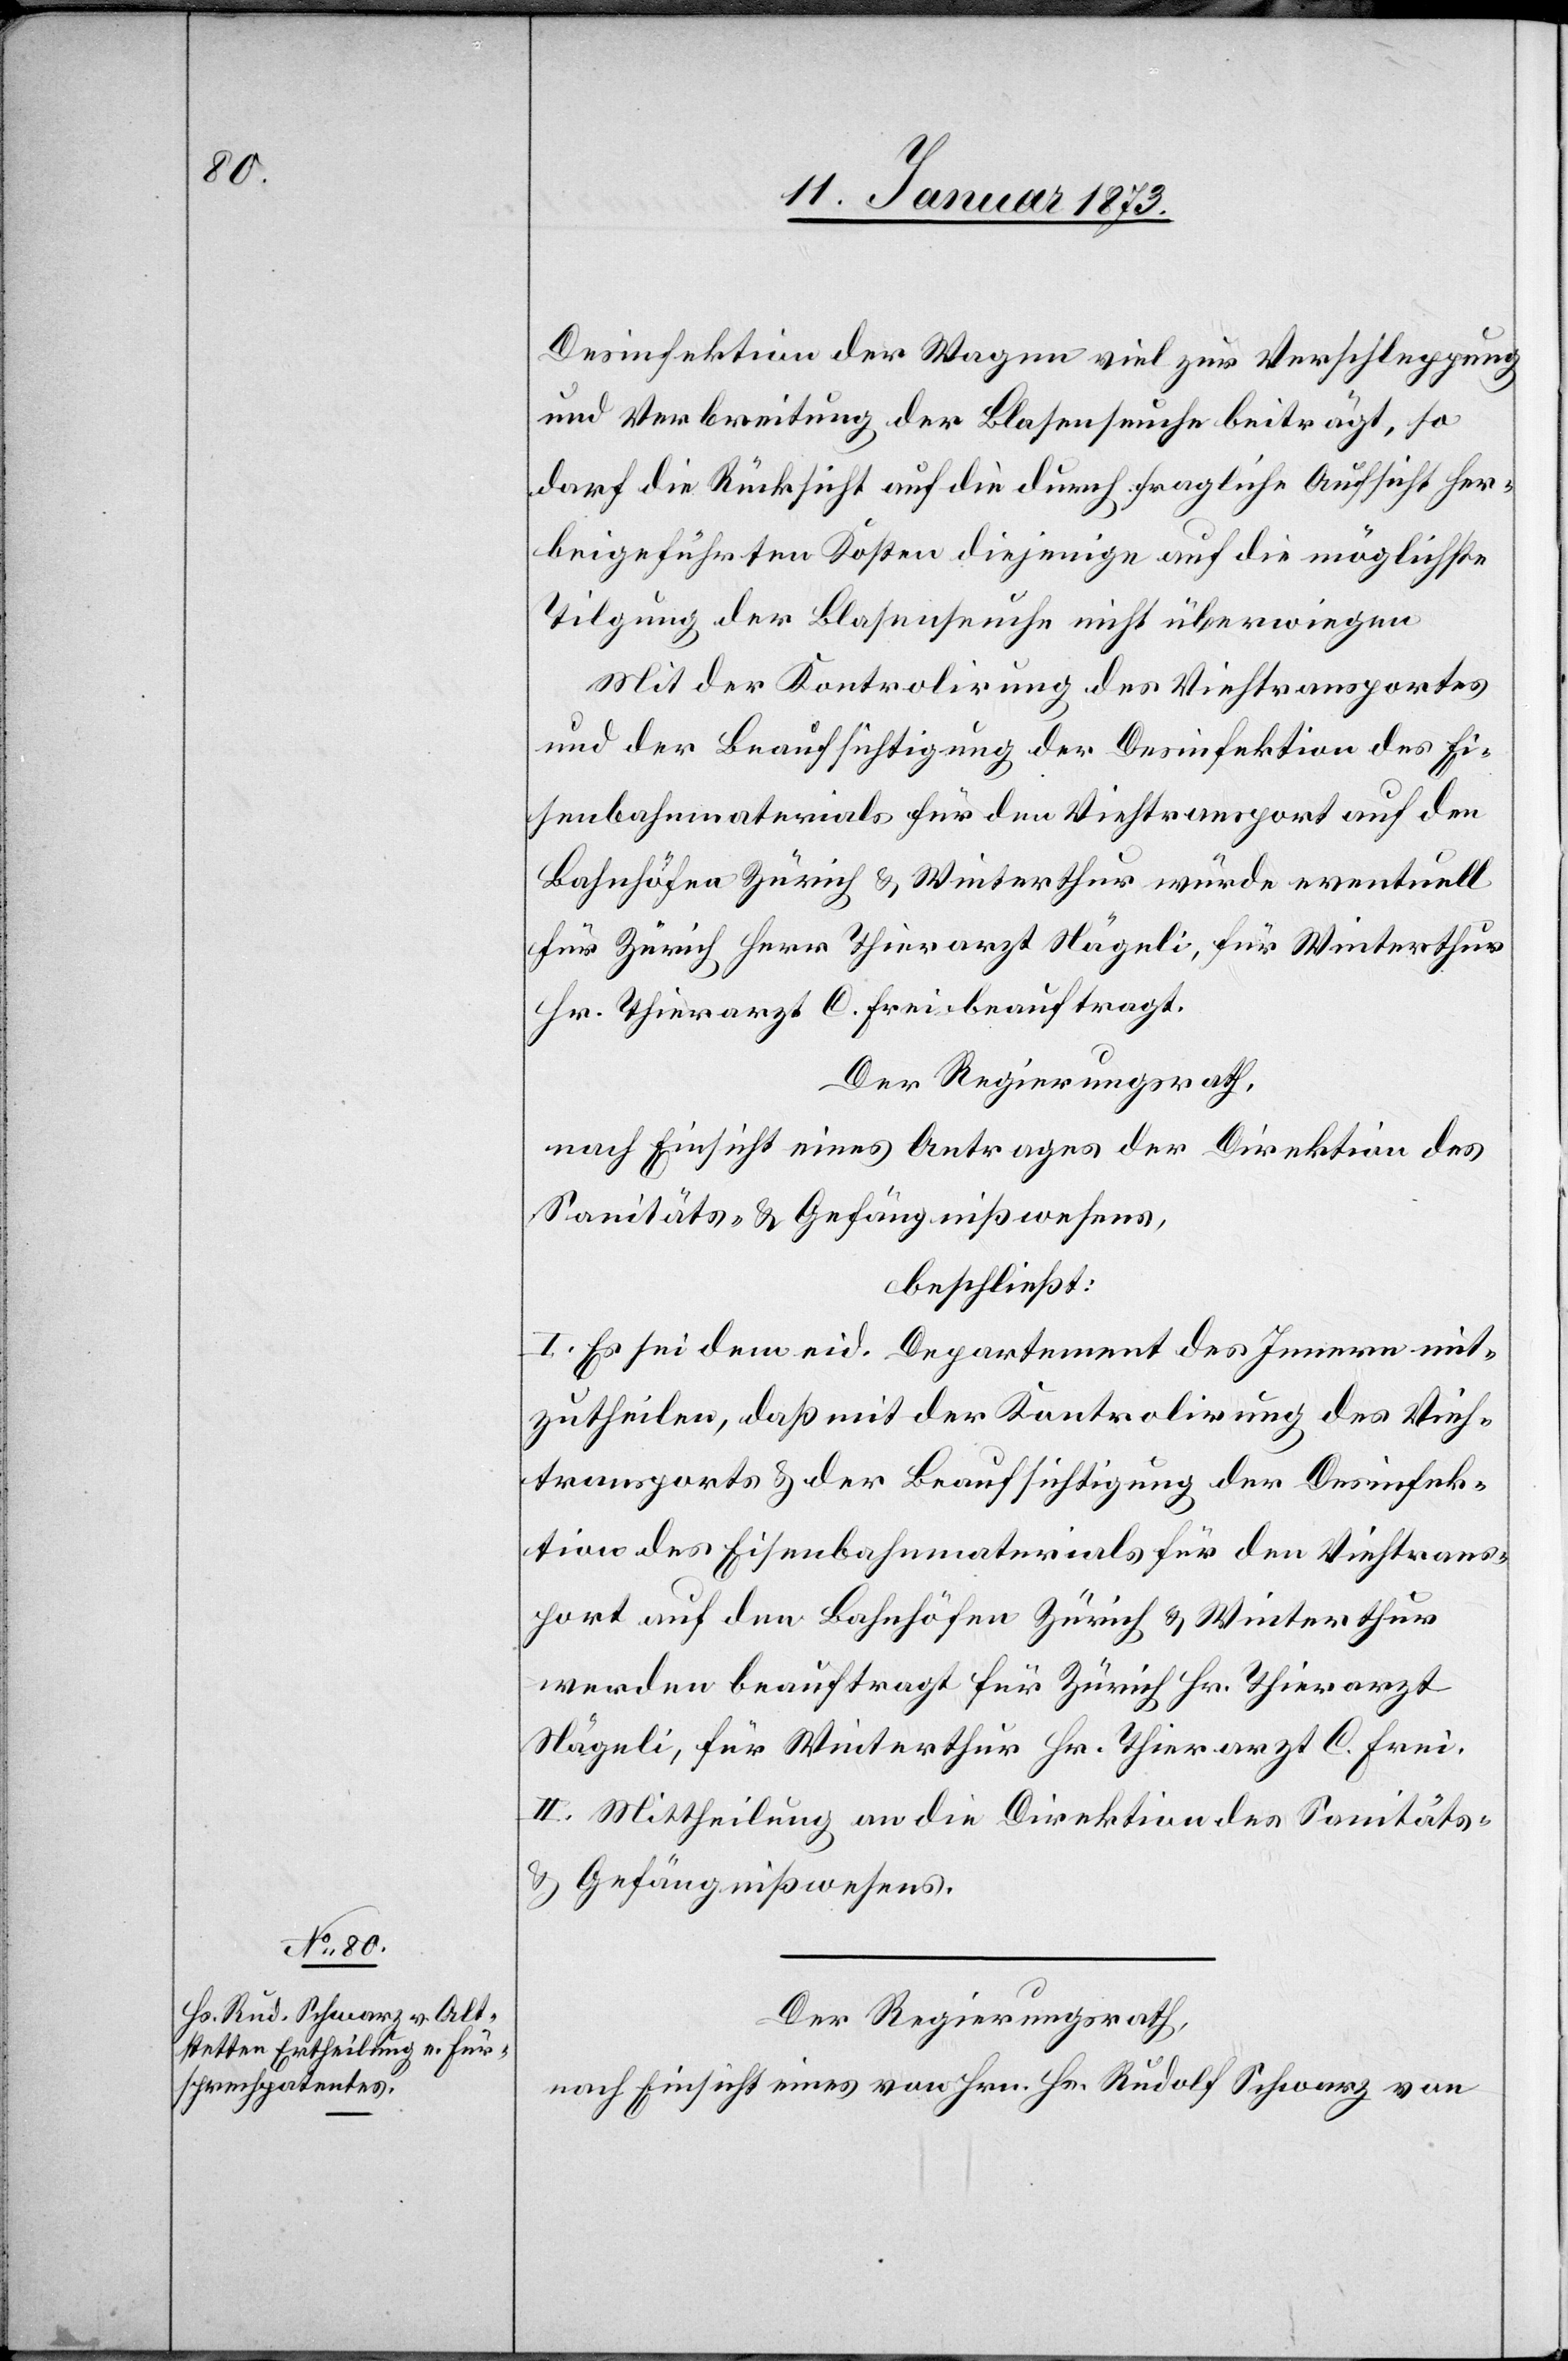
Desinfektion der Wagen viel zur Verschleppung
und Verbreitung der Blasenseuche beiträgt, so
darf die Rücksicht auf die durch fragliche Aufsicht her¬
beigeführten Kosten diejenige auf die möglichste
Tilgung der Blasenseuche nicht überwiegen.
Mit der Kontrolirung des Viehtransportes
und der Beaufsichtigung der Desinfektion des Ei¬
senbahnmaterials für den Viehtransport auf den
Bahnhöfen Zürich & Winterthur würde eventuell
für Zürich Herr Thierarzt Hägeli, für Winterthur
Hr. Thierarzt C. Frei beauftragt.
Der Regierungsrath,
nach Einsicht eines Antrages der Direktion des
Sanitäts- & Gefängnißwesens,
beschließt:
I. Es sei dem eid. Departement des Innern mit¬
zutheilen, daß mit der Kontrolirung des Vieh¬
transports & der Beaufsichtigung der Desinfek¬
tion des Eisenbahnmaterials für den Viehtrans¬
port auf den Bahnhöfen Zürich & Winterthur
werden beauftragt für Zürich Hr. Thierarzt
Hägeli, für Winterthur Hr. Thierarzt C. Frei.
II. Mittheilung an die Direktion des Sanitäts-
& Gefängnißwesens.
Der Regierungsrath,
nach Einsicht eines von Hrn. Hn. Rudolf Schwarz von